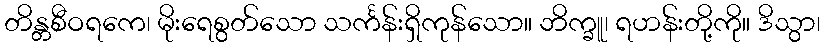
တိန္တစီဝရကေ၊ မိုးရေစွတ်သော သင်္ကန်းရှိကုန်သော။ ဘိက္ခူ၊ ရဟန်းတို့ကို။ ဒိသွာ၊